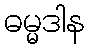
ဓမ္မဒါန